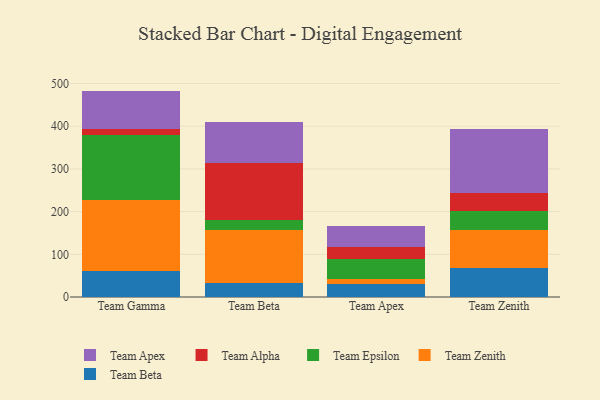
{"axis": {"x": "Team", "y": "Market Share (%)"}, "legend": ["Team Alpha", "Team Apex", "Team Beta", "Team Epsilon", "Team Zenith"], "data": [{"x": "Team Gamma", "y": 61.6, "type": "Team Beta"}, {"x": "Team Gamma", "y": 166.1, "type": "Team Zenith"}, {"x": "Team Gamma", "y": 152.6, "type": "Team Epsilon"}, {"x": "Team Gamma", "y": 13.8, "type": "Team Alpha"}, {"x": "Team Gamma", "y": 88.8, "type": "Team Apex"}, {"x": "Team Beta", "y": 32.8, "type": "Team Beta"}, {"x": "Team Beta", "y": 124.3, "type": "Team Zenith"}, {"x": "Team Beta", "y": 24.4, "type": "Team Epsilon"}, {"x": "Team Beta", "y": 131.8, "type": "Team Alpha"}, {"x": "Team Beta", "y": 96.0, "type": "Team Apex"}, {"x": "Team Apex", "y": 31.2, "type": "Team Beta"}, {"x": "Team Apex", "y": 11.4, "type": "Team Zenith"}, {"x": "Team Apex", "y": 46.9, "type": "Team Epsilon"}, {"x": "Team Apex", "y": 28.2, "type": "Team Alpha"}, {"x": "Team Apex", "y": 47.6, "type": "Team Apex"}, {"x": "Team Zenith", "y": 68.8, "type": "Team Beta"}, {"x": "Team Zenith", "y": 87.1, "type": "Team Zenith"}, {"x": "Team Zenith", "y": 44.6, "type": "Team Epsilon"}, {"x": "Team Zenith", "y": 42.1, "type": "Team Alpha"}, {"x": "Team Zenith", "y": 150.0, "type": "Team Apex"}]}